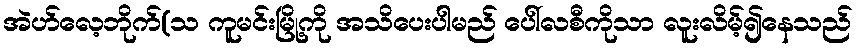
အဲဟ်လေ့ဘိုက်(သ ကူမင်းမြို့ကို အသိပေးပါမည် ပေါ်လစီကိုသာ လူးလိမ့်၍နေသည်